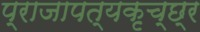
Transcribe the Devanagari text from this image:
प्राजापत्यकृच्छ्र